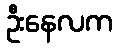
ဦးနေလက